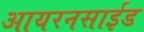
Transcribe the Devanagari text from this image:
आयरनसाईड